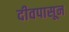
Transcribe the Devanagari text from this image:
दीवपासून